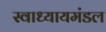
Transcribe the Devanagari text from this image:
स्वाध्यायमंडल